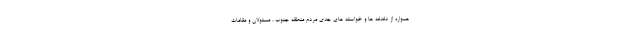
همواره از دغدغه ها و خواسته های جدی مردم منطقه جنوب ، مسئولان و مقامات